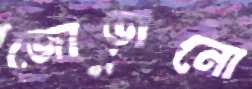
জোড়ানো